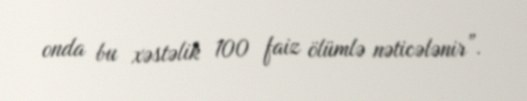
onda bu xəstəlik 100 faiz ölümlə nəticələnir”.